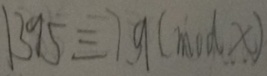
1 3 9 5 \equiv 7 9 ( m o d x )